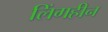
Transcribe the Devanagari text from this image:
लिंगहीन